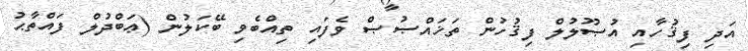
އަދި ފިޤުހާއި އުޞޫލުލް ފިޤުހުން ތަޚައްޞުޞް ވެފައި ތިއްބެވި ބޭކަލުން (ޢަބްދުލް ފައްތާޙު